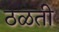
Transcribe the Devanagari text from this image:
ठळती